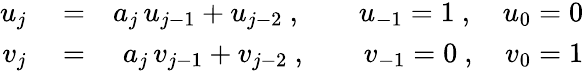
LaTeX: \begin{array}{rlr}{u_{j}}&{{}=}&{a_{j}\, u_{j-1}+u_{j-2}\ ,\qquad u_{-1}=1\ ,\quad u_{0}=0}\\ {v_{j}}&{{}=}&{a_{j}\, v_{j-1}+v_{j-2}\ ,\qquad v_{-1}=0\ ,\quad v_{0}=1}\end{array}